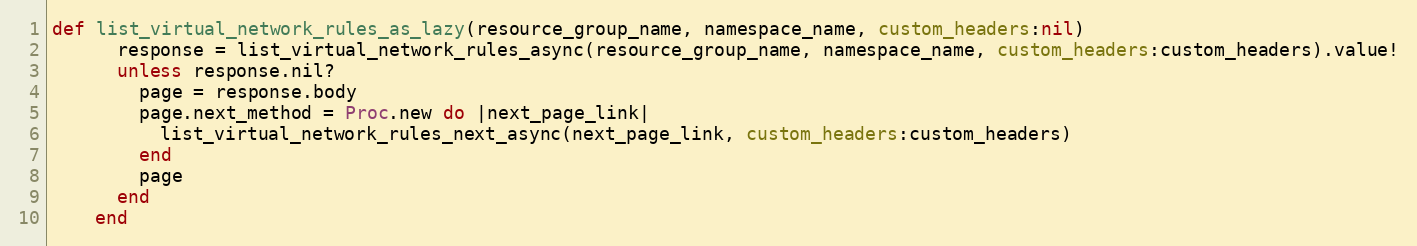
Language: Ruby
def list_virtual_network_rules_as_lazy(resource_group_name, namespace_name, custom_headers:nil)
      response = list_virtual_network_rules_async(resource_group_name, namespace_name, custom_headers:custom_headers).value!
      unless response.nil?
        page = response.body
        page.next_method = Proc.new do |next_page_link|
          list_virtual_network_rules_next_async(next_page_link, custom_headers:custom_headers)
        end
        page
      end
    end